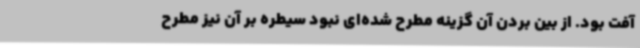
آفت بود. از بین بردن آن گزینه مطرح شده‌ای نبود سیطره بر آن نیز مطرح